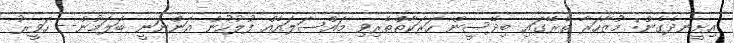
އިށީނދެގެން: މުޒާހަރާ ތެރޭގައި ބިދޭސީން ހަރަކާތްތެރިވި މައްސަލައެއް ފުލުހުން އަންނަނީ ބަލަމުން-- ހަވީރު